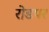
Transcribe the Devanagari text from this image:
रोडपर